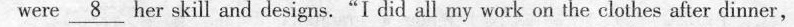
were _8_her skill and designs."I did all my work on the clothes after dinner,